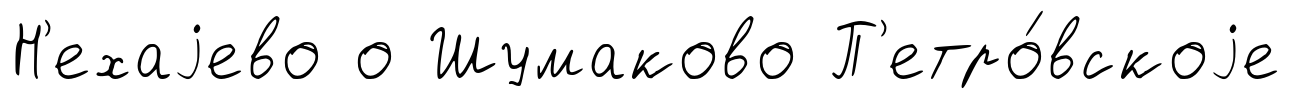
Н'ехаjево о Шумаково П'етро́вскоjе